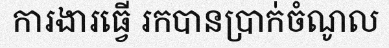
ការងារធ្វើ រកបានប្រាក់ចំណូល